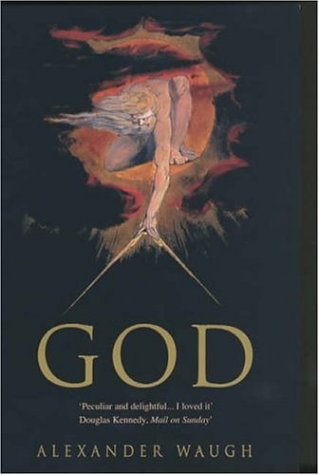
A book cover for God; Alexander Waugh; Religion & Spirituality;